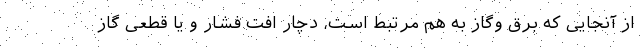
از آنجایی که برق وگاز به هم مرتبط است، دچار افت فشار و یا قطعی گاز